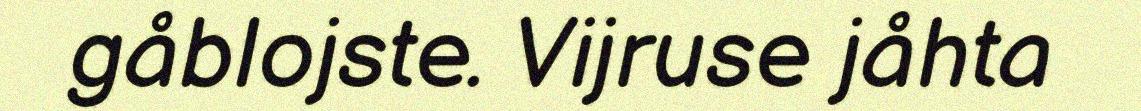
gåblojste. Vijruse jåhta